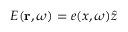
\boldsymbol { E } ( \mathbf { r } , \omega ) = e ( x , \omega ) \boldsymbol { \hat { z } }